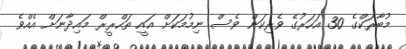
މުބާރަކްގެ 30 އަހަރުގެ ވެރިކަން ވެސް ނިމުމަކަށް އައީ ތަހްރީރް މައިދާނަށް އެއްވެ